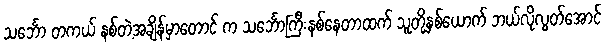
သင်္ဘော တကယ် နစ်တဲ့အချိန်မှာတောင် က သင်္ဘောကြီးနစ်နေတာထက် သူတို့နှစ်ယောက် ဘယ်လိုလွတ်အောင်